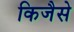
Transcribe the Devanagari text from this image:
किजैसे